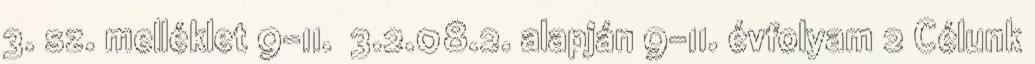
3. sz. melléklet 9-11. 3.2.08.2. alapján 9-11. évfolyam 2 Célunk